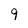
Character: 9